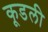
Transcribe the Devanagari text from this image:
कूडली